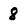
Character: 8